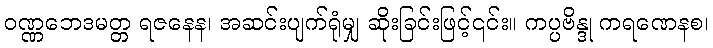
ဝဏ္ဏဘေဒမတ္တ ရဇနေန၊ အဆင်းပျက်ရုံမျှ ဆိုးခြင်းဖြင့်၎င်း။ ကပ္ပဗိန္ဒု ကရဏေနစ၊